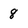
Character: 8